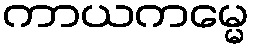
ကာယကမ္မေ